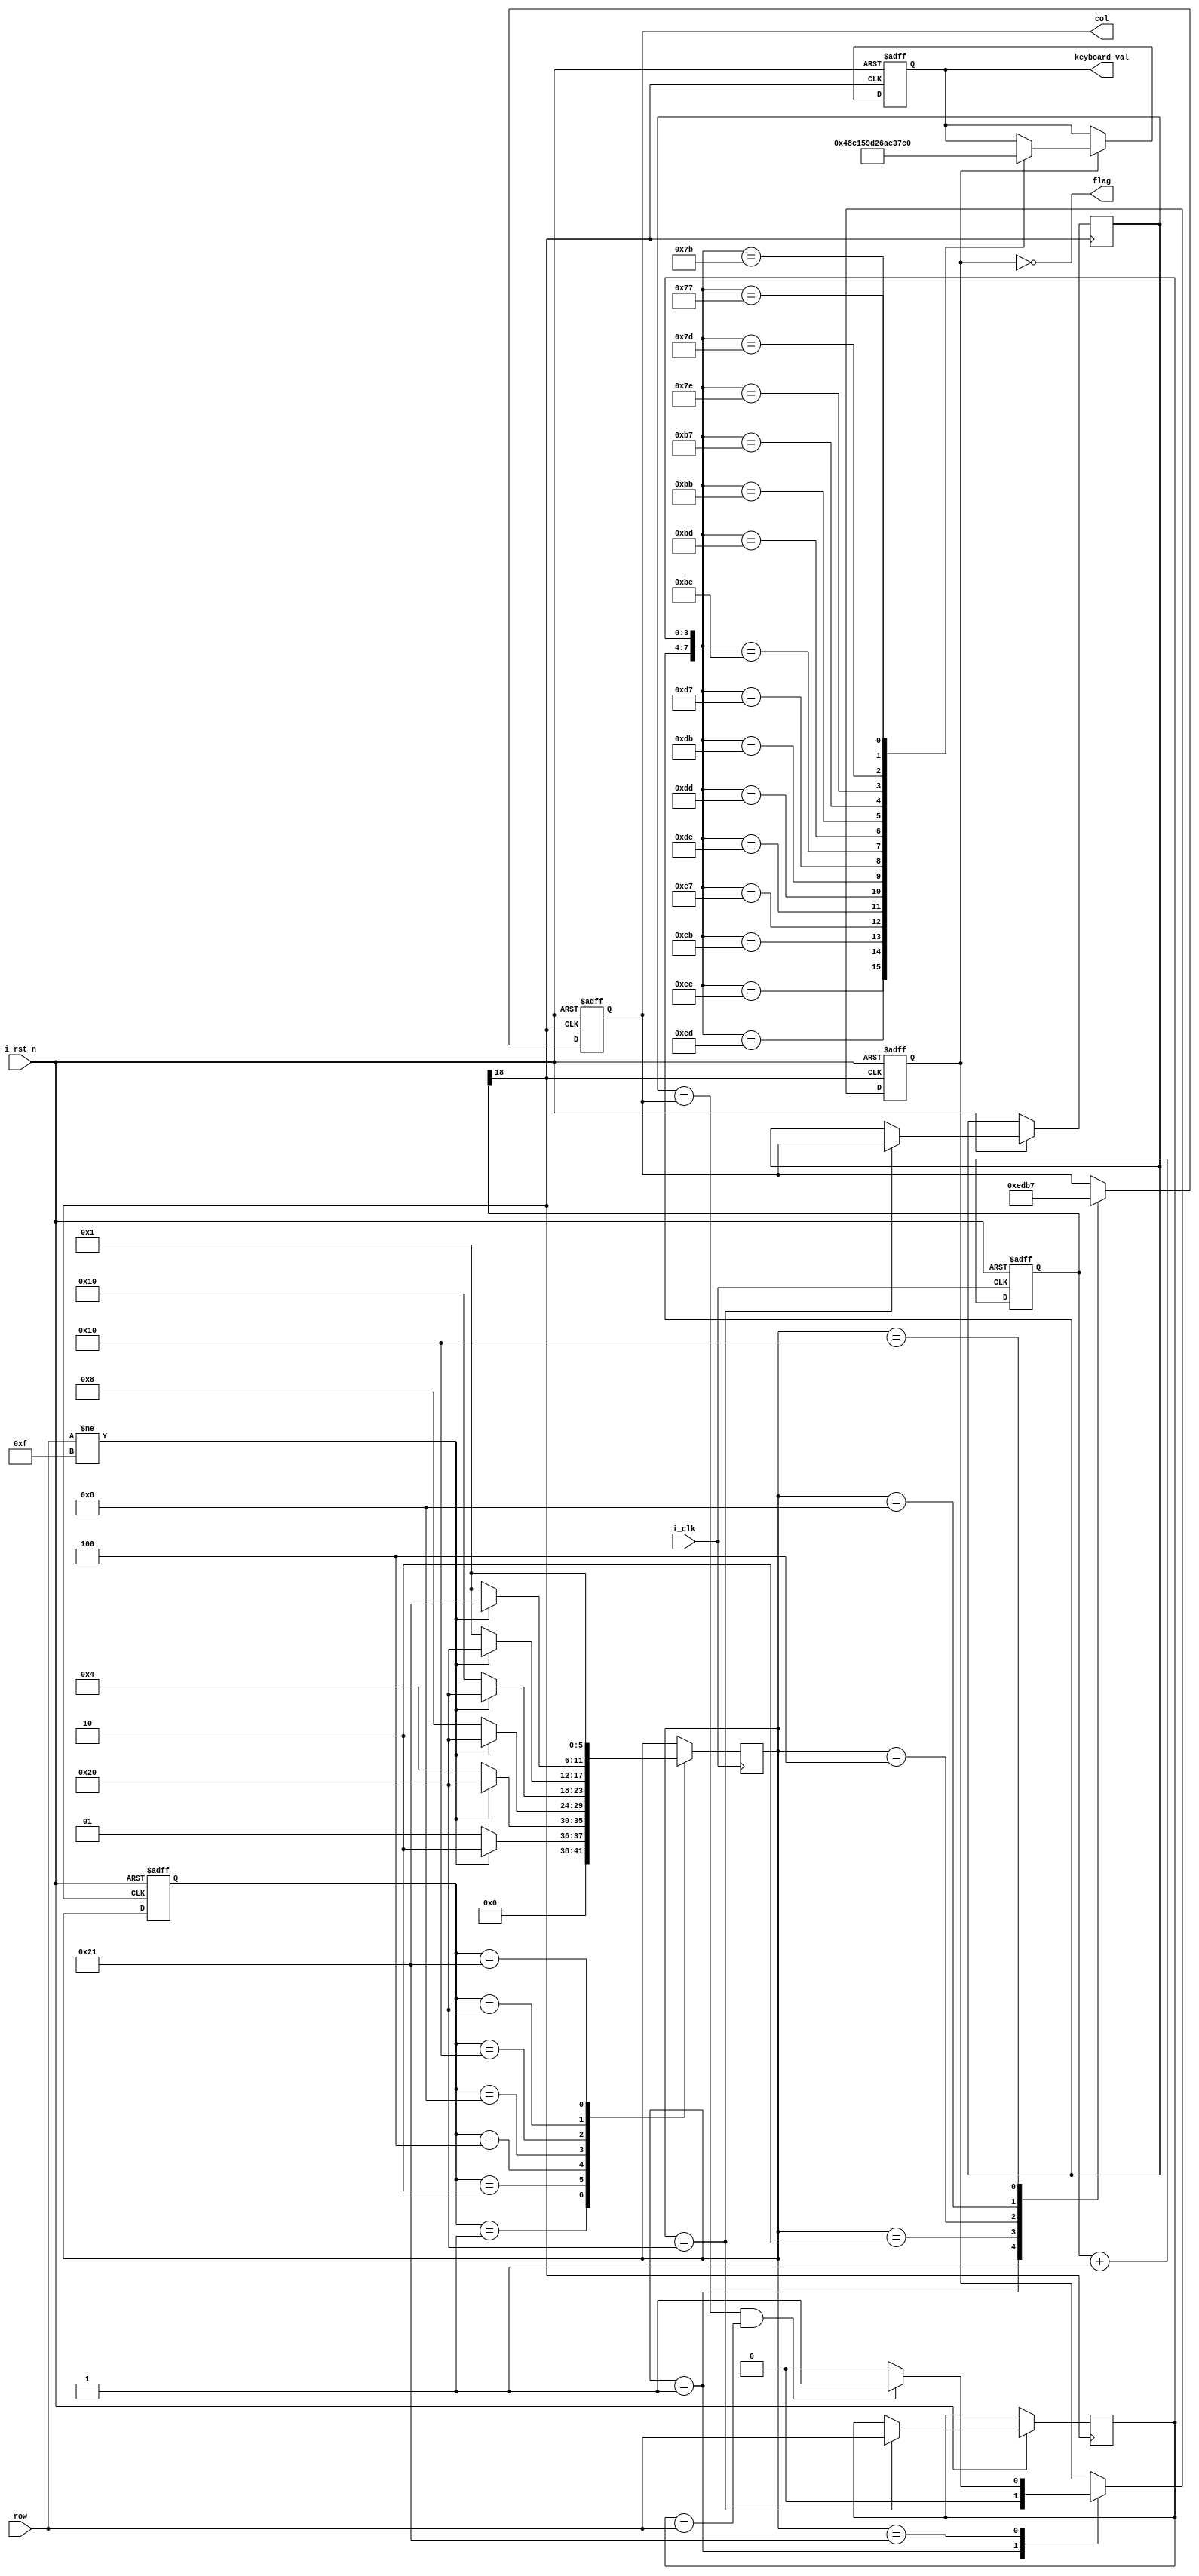
module keyboard(
  input            i_clk,
  input            i_rst_n,
  input      [3:0] row,                 // 矩阵键盘 行
  output reg [3:0] col,                 // 矩阵键盘 列
  output reg [3:0] keyboard_val,         // 键盘值
  output flag     
);

//++++++++++++++++++++++++++++++++++++++
// 分频部分 开始
//++++++++++++++++++++++++++++++++++++++
reg [18:0] cnt;                         // 计数子

always @ (posedge i_clk, negedge i_rst_n)
  if (!i_rst_n)
    cnt <= 0;
  else
    cnt <= cnt + 1'b1;
    

wire key_clk = cnt[18];                // (2^20/50M = 21)ms 

//--------------------------------------
// 分频部分 结束
//--------------------------------------


//++++++++++++++++++++++++++++++++++++++
// 状态机部分 开始
//++++++++++++++++++++++++++++++++++++++
// 状态数较少，独热码编码
parameter NO_KEY_PRESSED = 6'b000_001;  // 没有按键按下  
parameter SCAN_COL0      = 6'b000_010;  // 扫描第0列 
parameter SCAN_COL1      = 6'b000_100;  // 扫描第1列 
parameter SCAN_COL2      = 6'b001_000;  // 扫描第2列 
parameter SCAN_COL3      = 6'b010_000;  // 扫描第3列 
parameter KEY_PRESSED    = 6'b100_000;  // 有按键按下
parameter DEBOUNCE       = 6'b100_001;

reg [5:0] current_state, next_state;    // 现态、次态

always @ (posedge key_clk, negedge i_rst_n)
  if (!i_rst_n)
    current_state <= NO_KEY_PRESSED;
  else
    current_state <= next_state;

// 根据条件转移状态
always @ (posedge i_clk)
  case (current_state)
    NO_KEY_PRESSED :                    // 没有按键按下
        if (row != 4'hF)
          next_state = SCAN_COL0;
        else
          next_state = NO_KEY_PRESSED;
    SCAN_COL0 :                         // 扫描第0列 
        if (row != 4'hF)
          next_state = KEY_PRESSED;
        else
          next_state = SCAN_COL1;
    SCAN_COL1 :                         // 扫描第1列 
        if (row != 4'hF)
          next_state = KEY_PRESSED;
        else
          next_state = SCAN_COL2;    
    SCAN_COL2 :                         // 扫描第2列
        if (row != 4'hF)
          next_state = KEY_PRESSED;
        else
          next_state = SCAN_COL3;
    SCAN_COL3 :                         // 扫描第3列
        if (row != 4'hF)
          next_state = KEY_PRESSED;
        else
          next_state = NO_KEY_PRESSED;
    KEY_PRESSED :                       // 有按键按下
        if (row != 4'hF)
          next_state = DEBOUNCE;
        else
          next_state = NO_KEY_PRESSED;
    DEBOUNCE :
        
          next_state <= NO_KEY_PRESSED;                      
  endcase
assign flag = ~key_pressed_flag;
reg key_pressed_flag;             // 键盘按下标志
reg delay_flag;
reg [3:0] col_val, row_val;             // 列值、行值
//reg [3:0] col_val_r, row_val_r;
// 根据次态，给相应寄存器赋值
always @ (posedge key_clk, negedge i_rst_n)
  if (!i_rst_n)
  begin
    col              <= 4'h0;
    key_pressed_flag <=    0;
  end
  else
    case (next_state)
      NO_KEY_PRESSED :                  // 没有按键按下
      begin
        col              <= 4'h0;
        key_pressed_flag <=    0;       // 清键盘按下标志
      end
      SCAN_COL0 :                       // 扫描第0列
        col <= 4'b1110;
      SCAN_COL1 :                       // 扫描第1列
        col <= 4'b1101;
      SCAN_COL2 :                       // 扫描第2列
        col <= 4'b1011;
      SCAN_COL3 :                       // 扫描第3列
        col <= 4'b0111;
      KEY_PRESSED :                     // 有按键按下
      begin
        col_val          <= col;        // 锁存列值
        row_val          <= row;        // 锁存行值
        //key_pressed_flag <= 1;          // 置键盘按下标志  
      end
      DEBOUNCE :
      begin
        if(col_val == col && row_val == row)
          key_pressed_flag <= 1;
        else
          key_pressed_flag <= 0;
      end
		default: col <= col;
    endcase
//--------------------------------------
// 状态机部分 结束
//--------------------------------------


//++++++++++++++++++++++++++++++++++++++
// 扫描行列值部分 开始
//++++++++++++++++++++++++++++++++++++++
always @ (posedge key_clk, negedge i_rst_n)
  if (!i_rst_n)
    keyboard_val <= 4'h0;
  else
    if (key_pressed_flag)
      case ({col_val, row_val})
        8'b1110_1110 : keyboard_val <= 4'h0;
        8'b1110_1101 : keyboard_val <= 4'h4;
        8'b1110_1011 : keyboard_val <= 4'h8;
        8'b1110_0111 : keyboard_val <= 4'hC;
        
        8'b1101_1110 : keyboard_val <= 4'h1;
        8'b1101_1101 : keyboard_val <= 4'h5;
        8'b1101_1011 : keyboard_val <= 4'h9;
        8'b1101_0111 : keyboard_val <= 4'hD;
        
        8'b1011_1110 : keyboard_val <= 4'h2;
        8'b1011_1101 : keyboard_val <= 4'h6;
        8'b1011_1011 : keyboard_val <= 4'hA;
        8'b1011_0111 : keyboard_val <= 4'hE;
        
        8'b0111_1110 : keyboard_val <= 4'h3; 
        8'b0111_1101 : keyboard_val <= 4'h7;
        8'b0111_1011 : keyboard_val <= 4'hB;
        8'b0111_0111 : keyboard_val <= 4'hF;
		  default:keyboard_val <= keyboard_val;
      endcase
	else keyboard_val <= keyboard_val;
//--------------------------------------
//  扫描行列值部分 结束
//--------------------------------------
      
endmodule